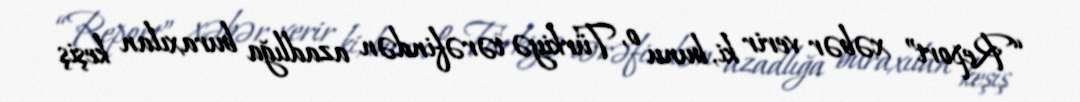
“Report” xəbər verir ki, bunu o, Türkiyə tərəfindən azadlığa buraxılan keşiş